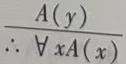
\[
\frac{A(y)}{\therefore \forall x A(x)}
\]